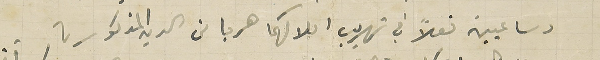
وساعيين فعلاً في تهريب املاكهما هربا من الدين المذكور،